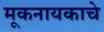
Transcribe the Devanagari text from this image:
मूकनायकाचे